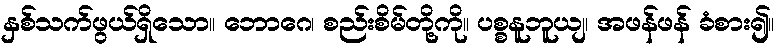
နှစ်သက်ဖွယ်ရှိသော။ ဘောဂေ၊ စည်းစိမ်တို့ကို။ ပစ္စနူဘူယျ၊ အဖန်ဖန် ခံစား၍။